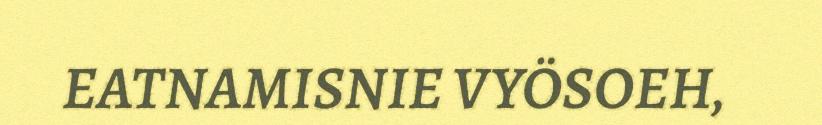
EATNAMISNIE VYÖSOEH,